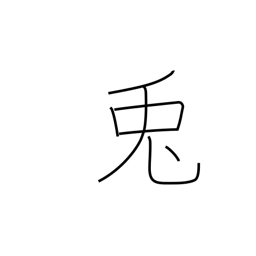
Meaning: rabbit